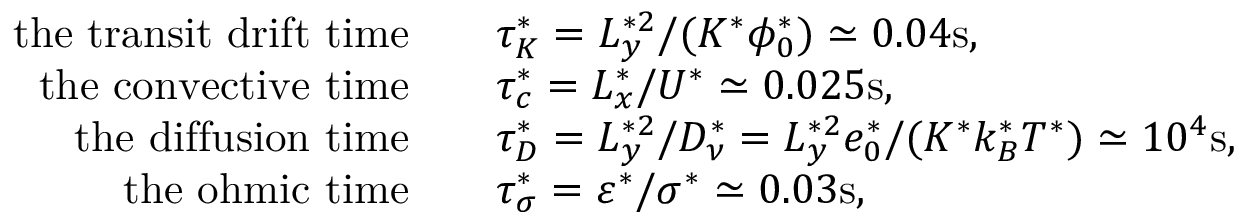
\begin{array} { r l } { \mathrm { t h e ~ t r a n s i t ~ d r i f t ~ t i m e } \ \ \ } & { \tau _ { K } ^ { * } = L _ { y } ^ { * 2 } / ( K ^ { * } \phi _ { 0 } ^ { * } ) \simeq 0 . 0 4 \mathrm { s } , } \\ { \mathrm { t h e ~ c o n v e c t i v e ~ t i m e } \ \ \ } & { \tau _ { c } ^ { * } = L _ { x } ^ { * } / U ^ { * } \simeq 0 . 0 2 5 \mathrm { s } , } \\ { \mathrm { t h e ~ d i f f u s i o n ~ t i m e } \ \ \ } & { \tau _ { D } ^ { * } = L _ { y } ^ { * 2 } / D _ { \nu } ^ { * } = L _ { y } ^ { * 2 } e _ { 0 } ^ { * } / ( K ^ { * } k _ { B } ^ { * } T ^ { * } ) \simeq 1 0 ^ { 4 } \mathrm { s } , } \\ { \mathrm { t h e ~ o h m i c ~ t i m e } \ \ \ } & { \tau _ { \sigma } ^ { * } = \varepsilon ^ { * } / \sigma ^ { * } \simeq 0 . 0 3 \mathrm { s } , } \end{array}